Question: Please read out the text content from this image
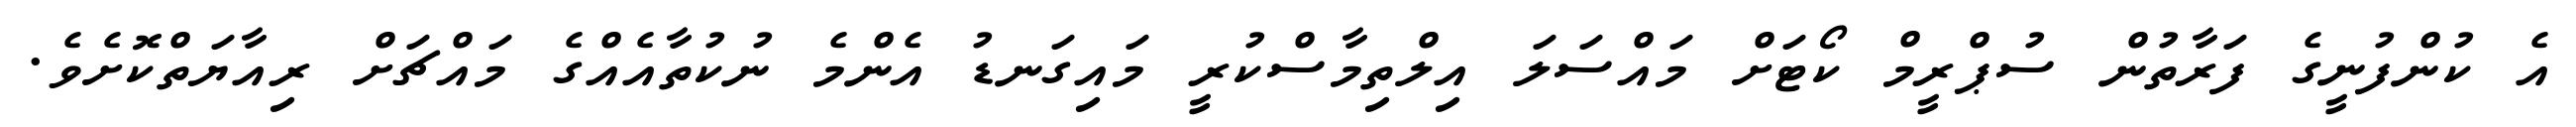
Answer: އެ ކުންފުނީގެ ފަރާތުން ސުޕްރީމް ކޯޓަށް މައްސަލަ އިލްތިމާސްކުރީ މައިގަނޑު އެންމެ ނުކުތާއެއްގެ މައްޗަށް ރިއާޔަތްކޮށެވެ.